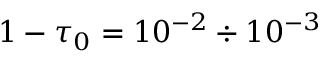
1 - \tau _ { 0 } = 1 0 ^ { - 2 } \div 1 0 ^ { - 3 }